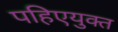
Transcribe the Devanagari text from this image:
पहिएयुक्‍त